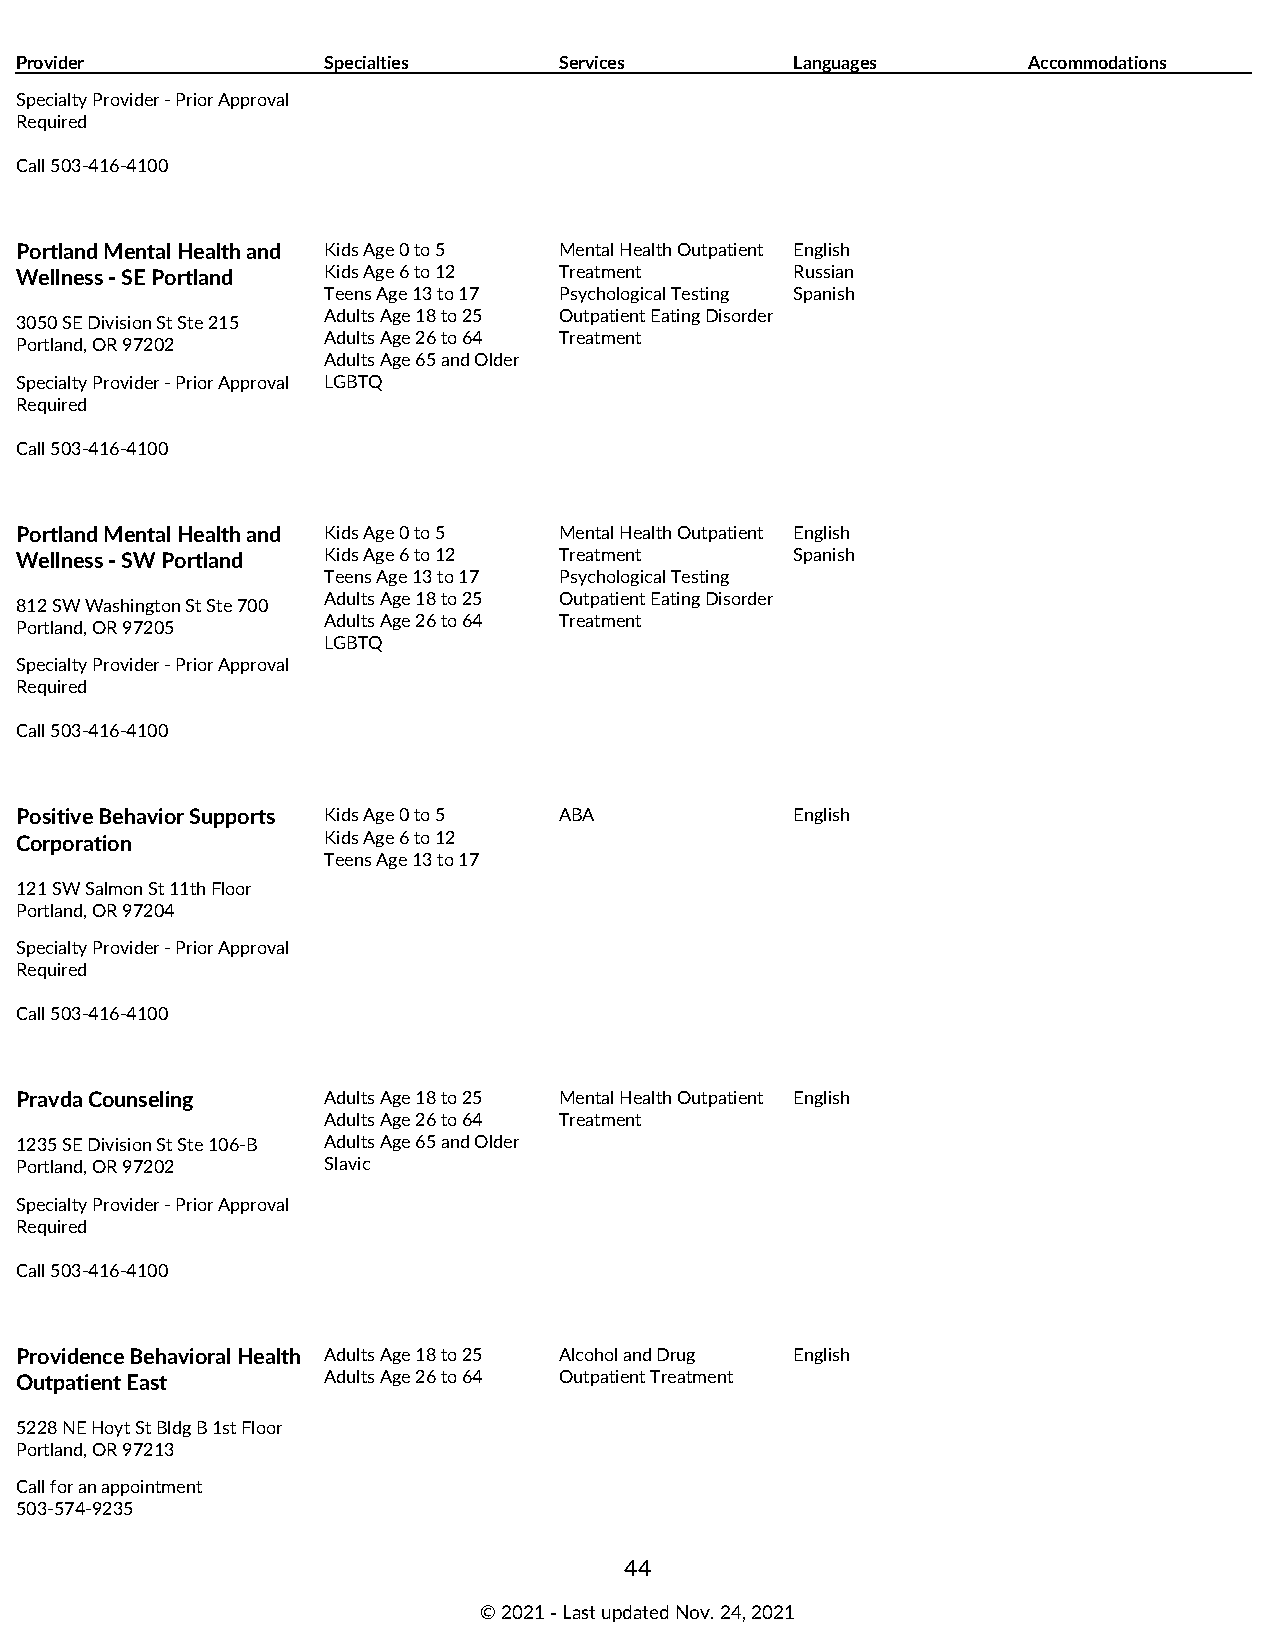
Provider            Specialties     Services        Languages      Accommodations
 Specialty Provider - Prior Approval
 Required
 Call 503-416-4100
 Portland Mental Health and Kids Age 0 to 5 Mental Health Outpatient English
 Wellness - SE Portland Kids Age 6 to 12 Treatment   Russian
 Teens Age 13 to 17 Psychological Testing Spanish
 Adults Age 18 to 25 Outpatient Eating Disorder
 3050 SE Division St Ste 215
 Adults Age 26 to 64 Treatment
 Portland, OR 97202
 Adults Age 65 and Older
 Specialty Provider - Prior Approval LGBTQ
 Required
 Call 503-416-4100
 Portland Mental Health and Kids Age 0 to 5 Mental Health Outpatient English
 Wellness - SW Portland Kids Age 6 to 12 Treatment   Spanish
 Teens Age 13 to 17 Psychological Testing
 Adults Age 18 to 25 Outpatient Eating Disorder
 812 SW Washington St Ste 700
 Adults Age 26 to 64 Treatment
 Portland, OR 97205
 LGBTQ
 Specialty Provider - Prior Approval
 Required
 Call 503-416-4100
 Positive Behavior Supports Kids Age 0 to 5 ABA      English
 Corporation         Kids Age 6 to 12
 Teens Age 13 to 17
 121 SW Salmon St 11th Floor
 Portland, OR 97204
 Specialty Provider - Prior Approval
 Required
 Call 503-416-4100
 Pravda Counseling   Adults Age 18 to 25 Mental Health Outpatient English
 Adults Age 26 to 64 Treatment
 1235 SE Division St Ste 106-B Adults Age 65 and Older
 Portland, OR 97202  Slavic
 Specialty Provider - Prior Approval
 Required
 Call 503-416-4100
 Providence Behavioral Health Adults Age 18 to 25 Alcohol and Drug English
 Outpatient East     Adults Age 26 to 64 Outpatient Treatment
 5228 NE Hoyt St Bldg B 1st Floor
 Portland, OR 97213
 Call for an appointment
 503-574-9235
 44
 © 2021 ‑ Last updated Nov. 24, 2021